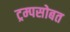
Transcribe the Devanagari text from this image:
ट्रम्पसोबत